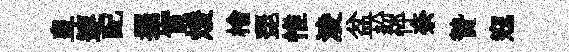
皇連配擺實煖檜琵惟淩盆紛怦奈贄寇